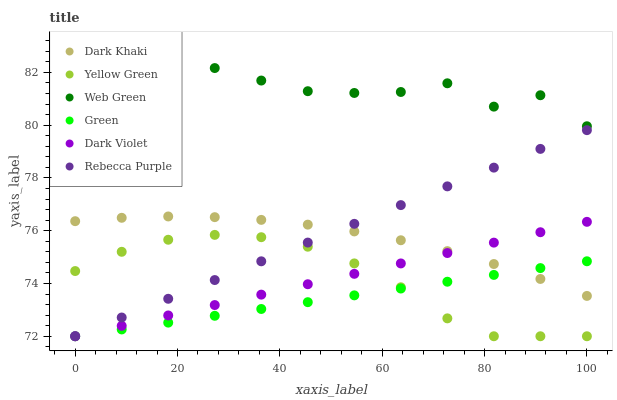
| xaxis_label | Dark Khaki | Yellow Green | Web Green | Green | Dark Violet | Rebecca Purple |
 | --- | --- | --- | --- | --- | --- | --- |
 | 0 | 76.4 | 74.5 | 83 | 72 | 72 | 72 |
 | 9.09 | 76.5 | 75.2 | 82.6 | 72.3 | 72.4 | 72.7 |
 | 18.2 | 76.5 | 75.7 | 82.2 | 72.5 | 72.8 | 73.4 |
 | 27.3 | 76.5 | 75.8 | 82.2 | 72.8 | 73.2 | 74.1 |
 | 36.4 | 76.4 | 75.8 | 81.7 | 73 | 73.6 | 74.8 |
 | 45.5 | 76.2 | 75.4 | 81.3 | 73.3 | 74 | 75.6 |
 | 54.5 | 76 | 74.8 | 81.2 | 73.6 | 74.4 | 76.3 |
 | 63.6 | 75.6 | 73.9 | 81.3 | 73.8 | 74.8 | 77 |
 | 72.7 | 75.2 | 72.7 | 81.6 | 74.1 | 75.2 | 77.7 |
 | 81.8 | 74.7 | 72 | 80.7 | 74.3 | 75.5 | 78.4 |
 | 90.9 | 74.2 | 72 | 81.1 | 74.6 | 75.9 | 79.1 |
 | 100 | 73.5 | 72 | 80 | 74.8 | 76.3 | 79.8 |